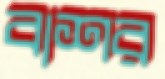
বাশর